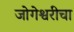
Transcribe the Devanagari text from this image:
जोगेश्वरीचा